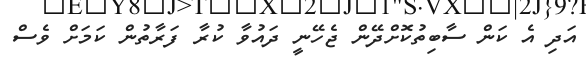
އަދި އެ ކަން ސާބިތުކޮށްދޭން ޖެހޭނީ ދައުވާ ކުރާ ފަރާތުން ކަމަށް ވެސް